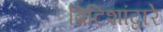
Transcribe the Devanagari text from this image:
ब्रिटिशांद्वारे